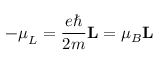
- { \boldsymbol { \mu } } _ { L } = { \frac { e \hbar } { 2 m } } \mathbf { L } = \mu _ { B } \mathbf { L }